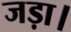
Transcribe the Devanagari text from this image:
जड़ा।